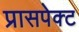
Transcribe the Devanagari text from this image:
प्रासपेक्ट